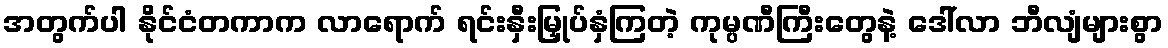
အတွက်ပါ နိုင်ငံတကာက လာရောက် ရင်းနှီးမြှုပ်နှံကြတဲ့ ကုမ္ပဏီကြီးတွေနဲ့ ဒေါ်လာ ဘီလျံများစွာ